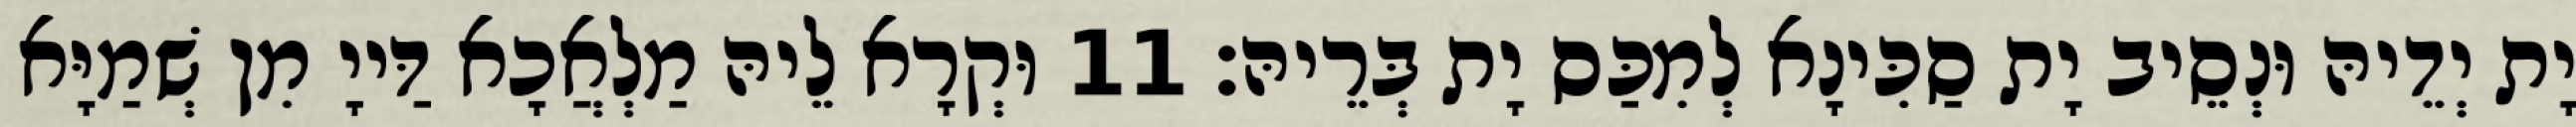
יָת יְדֵיהּ וּנְסֵיב יָת סַכִּינָא לְמִכַּס יָת בְּרֵיהּ׃ 11 וּקְרָא לֵיהּ מַלְאֲכָא דַּייָ מִן שְׁמַיָּא